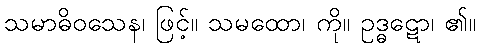
သမာဓိဝသေန၊ ဖြင့်။ သမထော၊ ကို။ ဥဒ္ဓဋော၊ ၏။